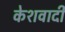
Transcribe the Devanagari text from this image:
केशवादी